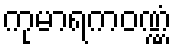
ကုမာရကဝဏ္ဏံ